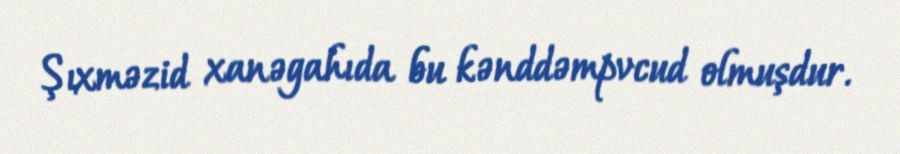
Şıxməzid xanəgahıda bu kənddəmpvcud olmuşdur.